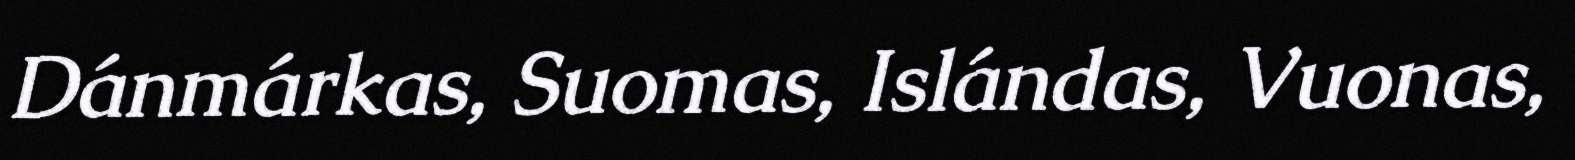
Dánmárkas, Suomas, Islándas, Vuonas,